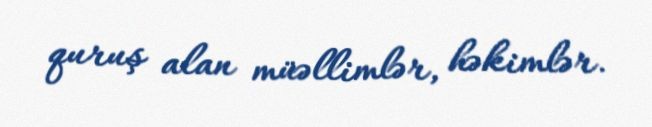
quruş alan müəllimlər, həkimlər.